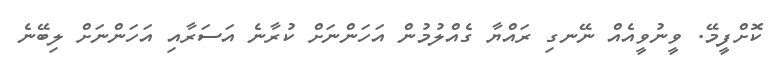
ކޮށްފީމޭ. ވީނުވީއެއް ނޭނގި ރައްޔާ ގެއްލުމުން އަހަންނަށް ކުރާނެ އަސަރާއި އަހަންނަށް ލިބޭނެ